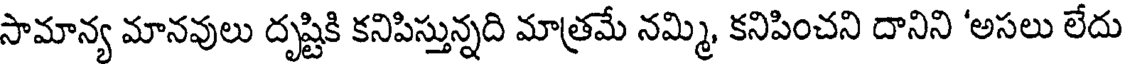
సామాన్య మానవులు దృష్టికి కనిపిస్తున్నది మాత్రమే నమ్మి, కనిపించని దానిని 'అసలు లేదు